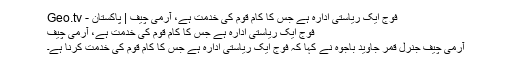
فوج ایک ریاستی ادارہ ہے جس کا کام قوم کی خدمت ہے، آرمی چیف | پاکستان - Geo.tv
فوج ایک ریاستی ادارہ ہے جس کا کام قوم کی خدمت ہے، آرمی چیف
آرمی چیف جنرل قمر جاوید باجوہ نے کہا کہ فوج ایک ریاستی ادارہ ہے جس کا کام قوم کی خدمت کرنا ہے۔